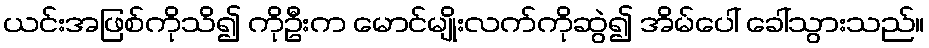
ယင်းအဖြစ်ကိုသိ၍ ကိုဦးက မောင်မျိုးလက်ကိုဆွဲ၍ အိမ်ပေါ် ခေါ်သွားသည်။